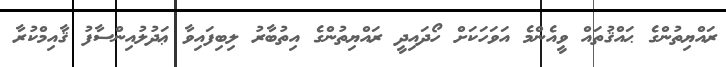
ރައްޔިތުންގެ ޙައްޤުތައް ވީއެންމެ އަވަހަކަށް ހޯދައިދީ ރައްޔިތުންގެ އިތުބާރު ލިބިފައިވާ ޢަދުލުއިންސާފު ޤާއިމްކުރާ